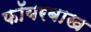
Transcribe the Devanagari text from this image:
फॉयरबाख